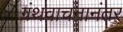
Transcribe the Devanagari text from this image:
ग्रंथवाचनानंतर